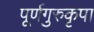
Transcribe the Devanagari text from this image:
पूर्णगुरुकृपा